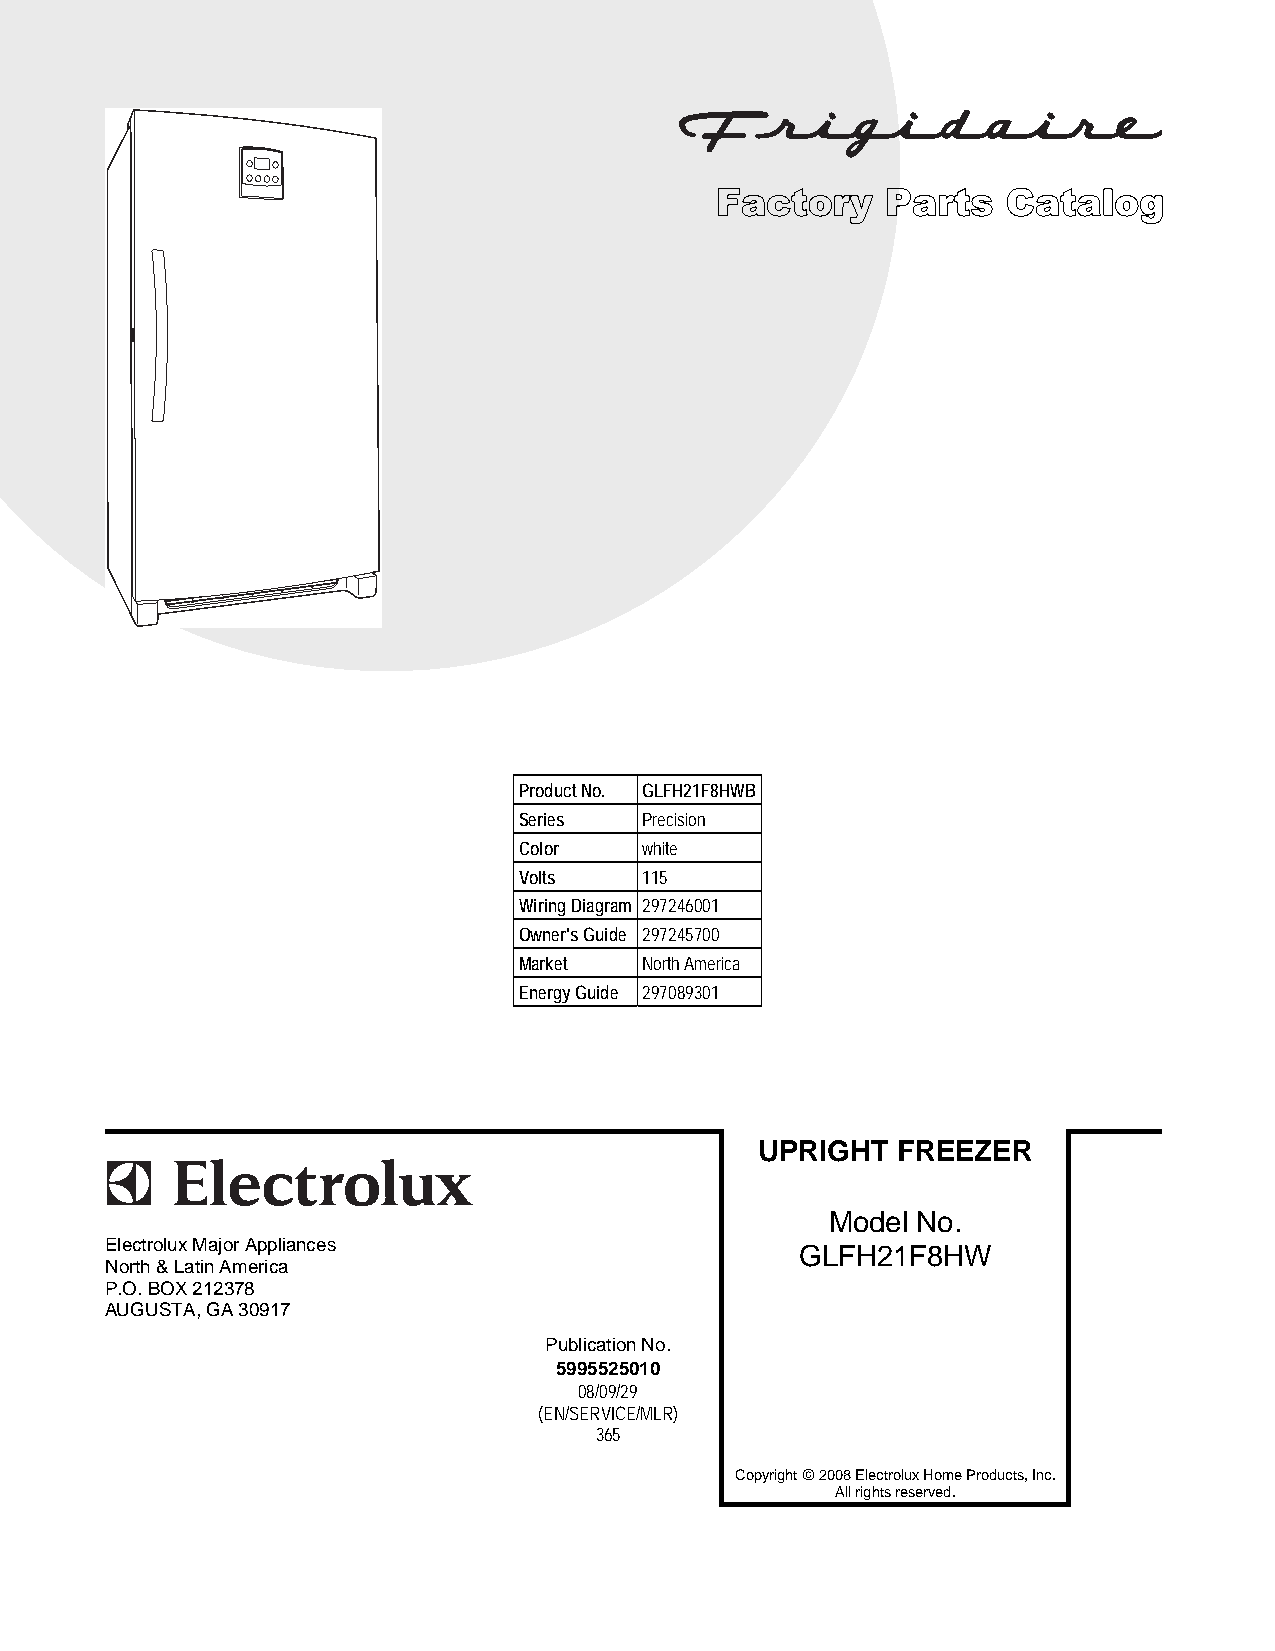
Product No. GLFH21F8HWB
 Series   Precision
 Color    white
 Volts    115
 Wiring Diagram 297246001
 Owner's Guide 297245700
 Market   North America
 Energy Guide 297089301
 UPRIGHT  FREEZER
 P08F0138.eps P08D0578.eps P08C1123.wmf P08S0485.eps
 Model No.
 Electrolux Major Appliances                   GLFH21F8HW
 North & Latin America
 P.O. BOX 212378
 AUGUSTA, GA 30917
 Publication No.
 5995525010
 08/09/29
 (EN/SERVICE/MLR)
 365
 Copyright © 2008 Electrolux Home Products, Inc.
 All rights reserved.